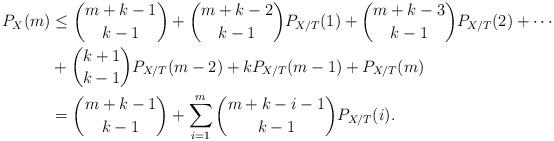
LaTeX: \begin{align*} P_X(m) & \leq \binom{m+k-1}{k-1} + \binom{m+k-2}{k-1} P_{X/T}(1) + \binom{m+k-3}{k-1} P_{X/T}(2) + \cdots \\& + \binom{k+1}{k-1} P_{X/T}(m-2) + k P_{X/T}(m-1) + P_{X/T}(m) \\& = \binom{m+k-1}{k-1} + \sum_{i=1}^m \binom{m + k - i - 1 }{ k - 1 } P_{X/T}(i).\end{align*}